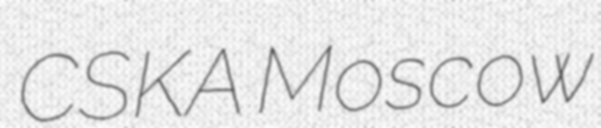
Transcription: CSKA Moscow